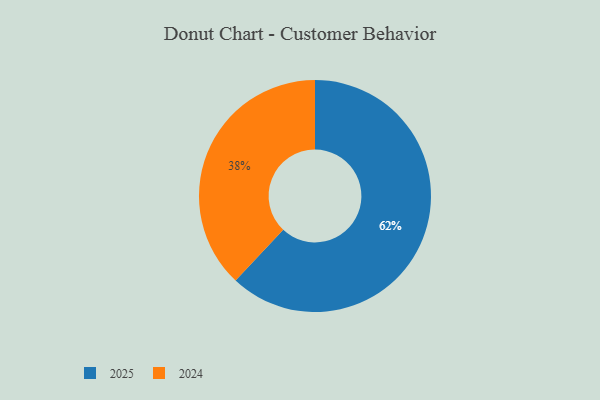
{"axis": {"x": "Category", "y": "Percentage"}, "legend": ["2024", "2025"], "data": [{"x": "2024", "y": 38, "type": "2024"}, {"x": "2025", "y": 62, "type": "2025"}]}